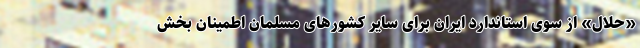
«حلال» از سوی استاندارد ایران برای سایر کشورهای مسلمان اطمینان بخش